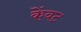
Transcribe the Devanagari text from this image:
केंवट